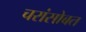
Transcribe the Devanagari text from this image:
चरांसोबत